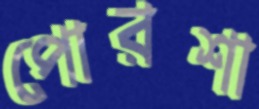
পোরশা